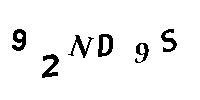
92ND9S